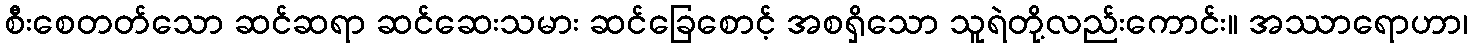
စီးစေတတ်သော ဆင်ဆရာ ဆင်ဆေးသမား ဆင်ခြေစောင့် အစရှိသော သူရဲတို့လည်းကောင်း။ အဿာရောဟာ၊